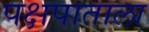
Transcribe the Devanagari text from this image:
पक्षपाताला